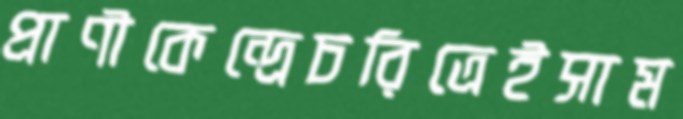
প্রাণীকেন্দ্রেচরিত্রেইসাম